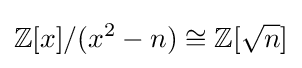
\mathbb {Z} [x]/(x^{2}-n)\cong \mathbb {Z} [{\sqrt {n}}]